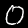
Digit: 0